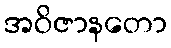
အဝိဇာနတော